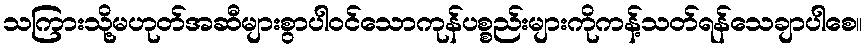
သကြားသို့မဟုတ်အဆီများစွာပါဝင်သောကုန်ပစ္စည်းများကိုကန့်သတ်ရန်သေချာပါစေ။